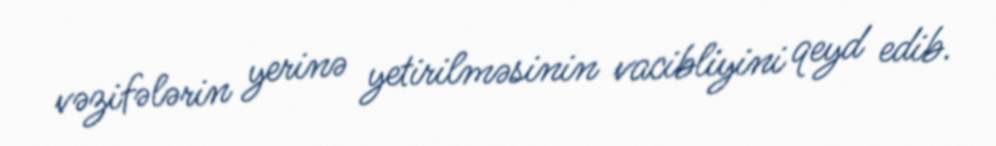
vəzifələrin yerinə yetirilməsinin vacibliyini qeyd edib.